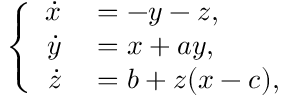
\left\{ \begin{array} { r l } { \dot { x } } & { { } = - y - z , } \\ { \dot { y } } & { { } = x + a y , } \\ { \dot { z } } & { { } = b + z ( x - c ) , } \end{array} \right.